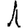
Digit: 1